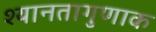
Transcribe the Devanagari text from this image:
श्यानतागुणाक